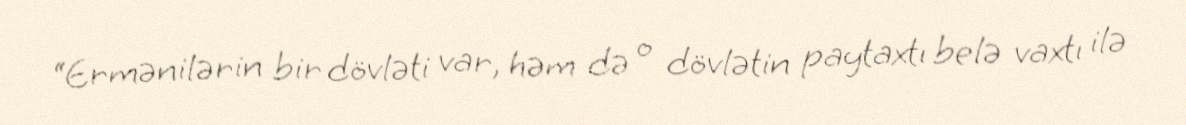
“Ermənilərin bir dövləti var, həm də o dövlətin paytaxtı belə vaxtı ilə